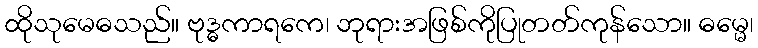
ထိုသုမေဓသည်။ ဗုဒ္ဓကာရကေ၊ ဘုရားအဖြစ်ကိုပြုတတ်ကုန်သော။ ဓမ္မေ၊